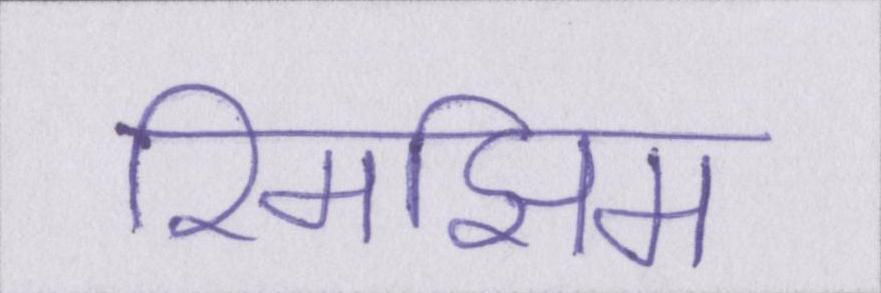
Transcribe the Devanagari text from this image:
रिमझिम